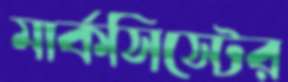
মার্কসিস্টের